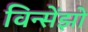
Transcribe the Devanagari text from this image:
विन्सेंझो